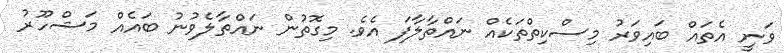
ވަނީ އެތައް ބައިވަރު މިސްކިތްތަކެއް ނައްތާލާފަ އެވެ. މިގޮތުން ނައްތާލެވުނު ބައެއް މަޝްހޫރު